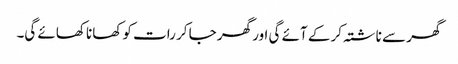
گھر سے ناشتہ کر کے آئے گی اور گھر جا کر رات کو کھانا کھائے گی۔